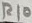
Text: R10